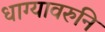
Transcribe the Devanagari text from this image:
धाग्यावरुनि